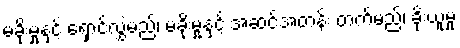
မခိုးမှုနှင့် ရှောင်လွှဲမည်၊ မခိုးမှုနှင့် အဆင့်အတန်း တက်မည်၊ ခိုးယူမှု